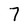
Character: 7